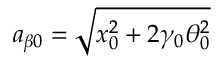
a _ { \beta 0 } = \sqrt { x _ { 0 } ^ { 2 } + 2 \gamma _ { 0 } \theta _ { 0 } ^ { 2 } }